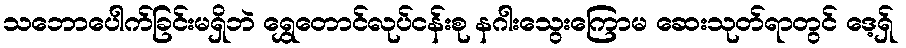
သဘောပေါက်ခြင်းမရှိဘဲ ရွှေတောင်လုပ်ငန်းစု နဂါးသွေးကြောမ ဆေးသုတ်ရာတွင် ဒေ့ရှ်